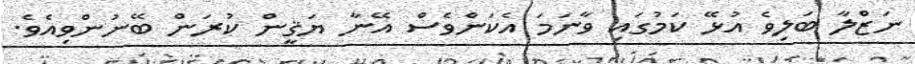
ނަޒްލާ ބަލިވެ އުޅޭ ކަމުގައި ވާނަމަ އެކަންވެސް އޭނާ ޔަޤީން ކުރަން ބޭނުންވިއެވެ.